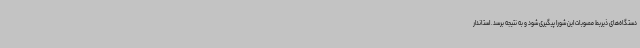
دستگاه‌های ذیربط مصوبات این شورا پیگیری شود و به نتیجه برسد. استاندار